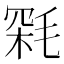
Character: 𣮥